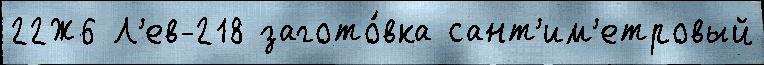
22Ж6 Л'ев-218 загото́вка сант'им'етровый